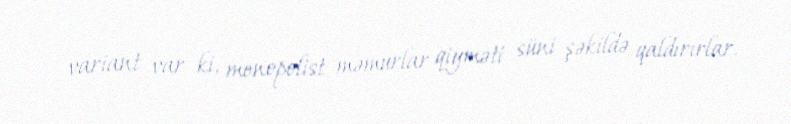
variant var ki, monopolist məmurlar qiyməti süni şəkildə qaldırırlar.